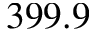
3 9 9 . 9